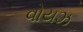
વોયઝ